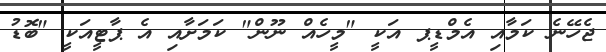
ޖެހޭނެ ކަމާއި އެމްޑީޕ އަކީ "މީހެއް ނޫން" ކަމަށާއި އެ ޕާޓީއަކީ "ބޮޑު